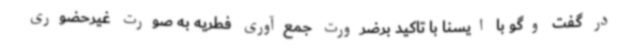
در گفت وگو با ایسنا با تاکید برضرورت جمع‌آوری فطریه به ‌صورت غیرحضوری